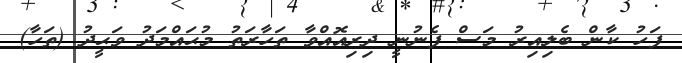
ފަހު ކާން ބެލިއިރު މަސް ފެނުނީ ދިރިއޮއްވާ ތަހާރަތު މުޙައްމަދު ވަޙީދު (ތަހާ)